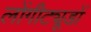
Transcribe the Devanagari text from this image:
लोंगीट्यूडों